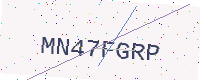
Text: MN47FGRP